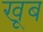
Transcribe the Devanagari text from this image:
खूब